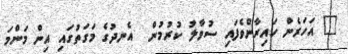
" އަހަރެން ހައިރާންވެފައި ސުވާލު ކުރުމުން  އެނދުގެ މަގަތުގައި އިން މަންމަ